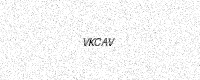
Text: VKCAV